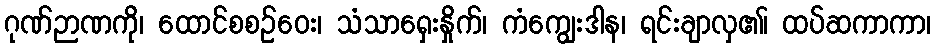
ဂုဏ်ဉာဏကို၊ ထောင်စစဉ်ဝေး၊ သံသာရှေးနှိုက်၊ ကံကျွေးဒါန၊ ရင်းချာလှ၏၊ ထပ်ဆကာကာ၊